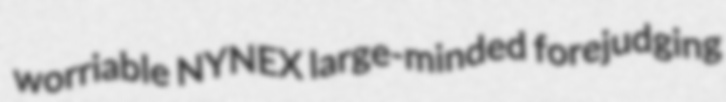
worriable NYNEX large-minded forejudging